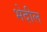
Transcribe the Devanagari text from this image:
भेदील